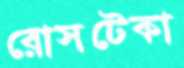
রোসটেকা